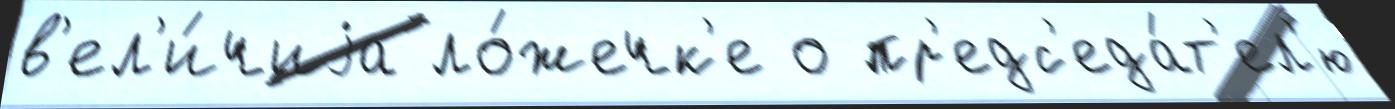
в'ел'и́чиjа ло́жечк'е о пр'едс'еда́т'ел'ю